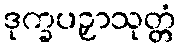
ဒုက္ခပဉှာသုတ္တံ